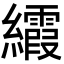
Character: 𬘐